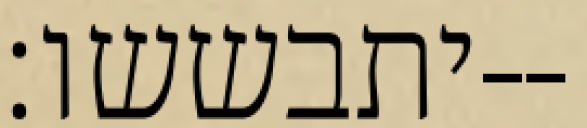
יתבששו׃--